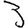
Digit: 3